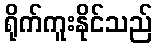
ရိုက်ကူးနိုင်သည်